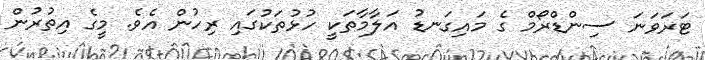
ޓަރަވަނަ ސިންޑްރޯމް ގެ މައިގަނޑު އަލާމާތަކީ ހުޅުތަކުގައި ރިހުން އެވެ. މީގެ އިތުރުން